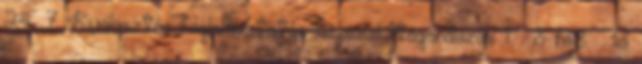
24. 7 KiválasztásFoglalkoztatás-képzésUtógondozás 1 – 3 hó8 – 13